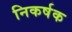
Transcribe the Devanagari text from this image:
निकर्षक